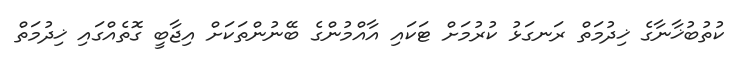
ކުތުބުޚާނާގެ ޚިދުމަތް ރަނގަޅު ކުރުމަށް ޓަކައި އާއްމުންގެ ބޭނުންތަކަށް އިޖާބީ ގޮތެއްގައި ޚިދުމަތް